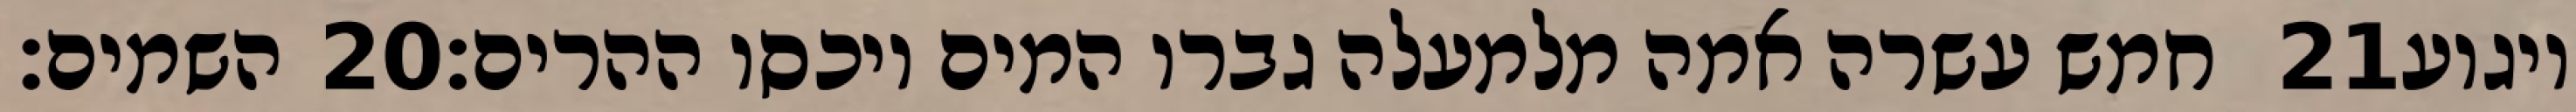
השמים׃ ‎20‏ חמש עשרה אמה מלמעלה גברו המים ויכסו ההרים׃ ‎21‏ ויגוע